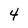
Character: 4